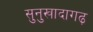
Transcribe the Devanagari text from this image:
सुनुखादागढ़